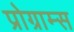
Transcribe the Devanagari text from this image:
प्रोग्राम्‍स